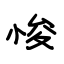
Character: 悛